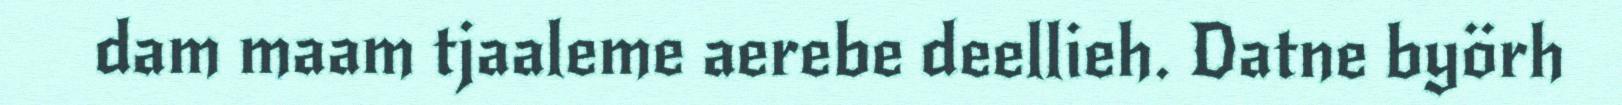
dam maam tjaaleme aerebe deellieh. Datne byörh